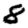
Digit: 8